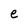
Character: e